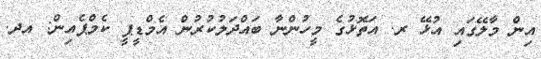
އިން މާލޭގައި އުޅޭ ރ. އަތޮޅުގެ މީހުންނާ ބައްދަލުކުރުން އެމްޑީޕީ ކެމްޕެއިން: އދ.